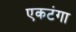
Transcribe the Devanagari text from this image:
एकटंगा